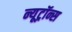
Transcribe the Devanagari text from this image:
न्यूट्रॉन्स